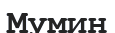
Мумин